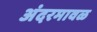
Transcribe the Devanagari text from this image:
अंदरमावळ